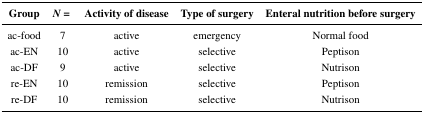
<table><thead><tr><td><b>Group</b></td><td><b><i>N</i> = </b></td><td><b>Activity of disease</b></td><td><b>Type of surgery</b></td><td><b>Enteral nutrition before surgery</b></td></tr></thead><tbody><tr><td>ac-food</td><td>7</td><td>active</td><td>emergency</td><td>Normal food</td></tr><tr><td>ac-EN</td><td>10</td><td>active</td><td>selective</td><td>Peptison</td></tr><tr><td>ac-DF</td><td>9</td><td>active</td><td>selective</td><td>Nutrison</td></tr><tr><td>re-EN</td><td>10</td><td>remission</td><td>selective</td><td>Peptison</td></tr><tr><td>re-DF</td><td>10</td><td>remission</td><td>selective</td><td>Nutrison</td></tr></tbody></table>